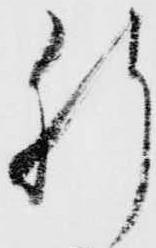
肝